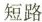
短路